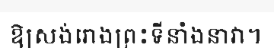
ឱ្យសង់រោងព្រះទីនាំងនាវា។